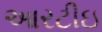
આરટીઇ